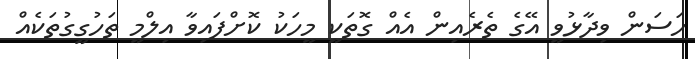
ހަސަން ވިދާޅުވީ އޭގެ ތެރެއިން އެއް ގޮތަކީ މީހަކު ކޮށްފައިވާ އިލްމީ ތަހުގީގުތަކެއް